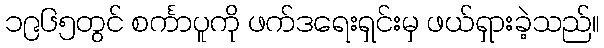
၁၉၆၅တွင် စင်္ကာပူကို ဖက်ဒရေးရှင်းမှ ဖယ်ရှားခဲ့သည်။